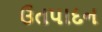
ઉતપાદન